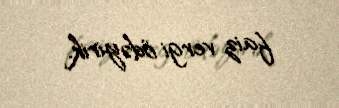
faiz vergi ödəyirik.